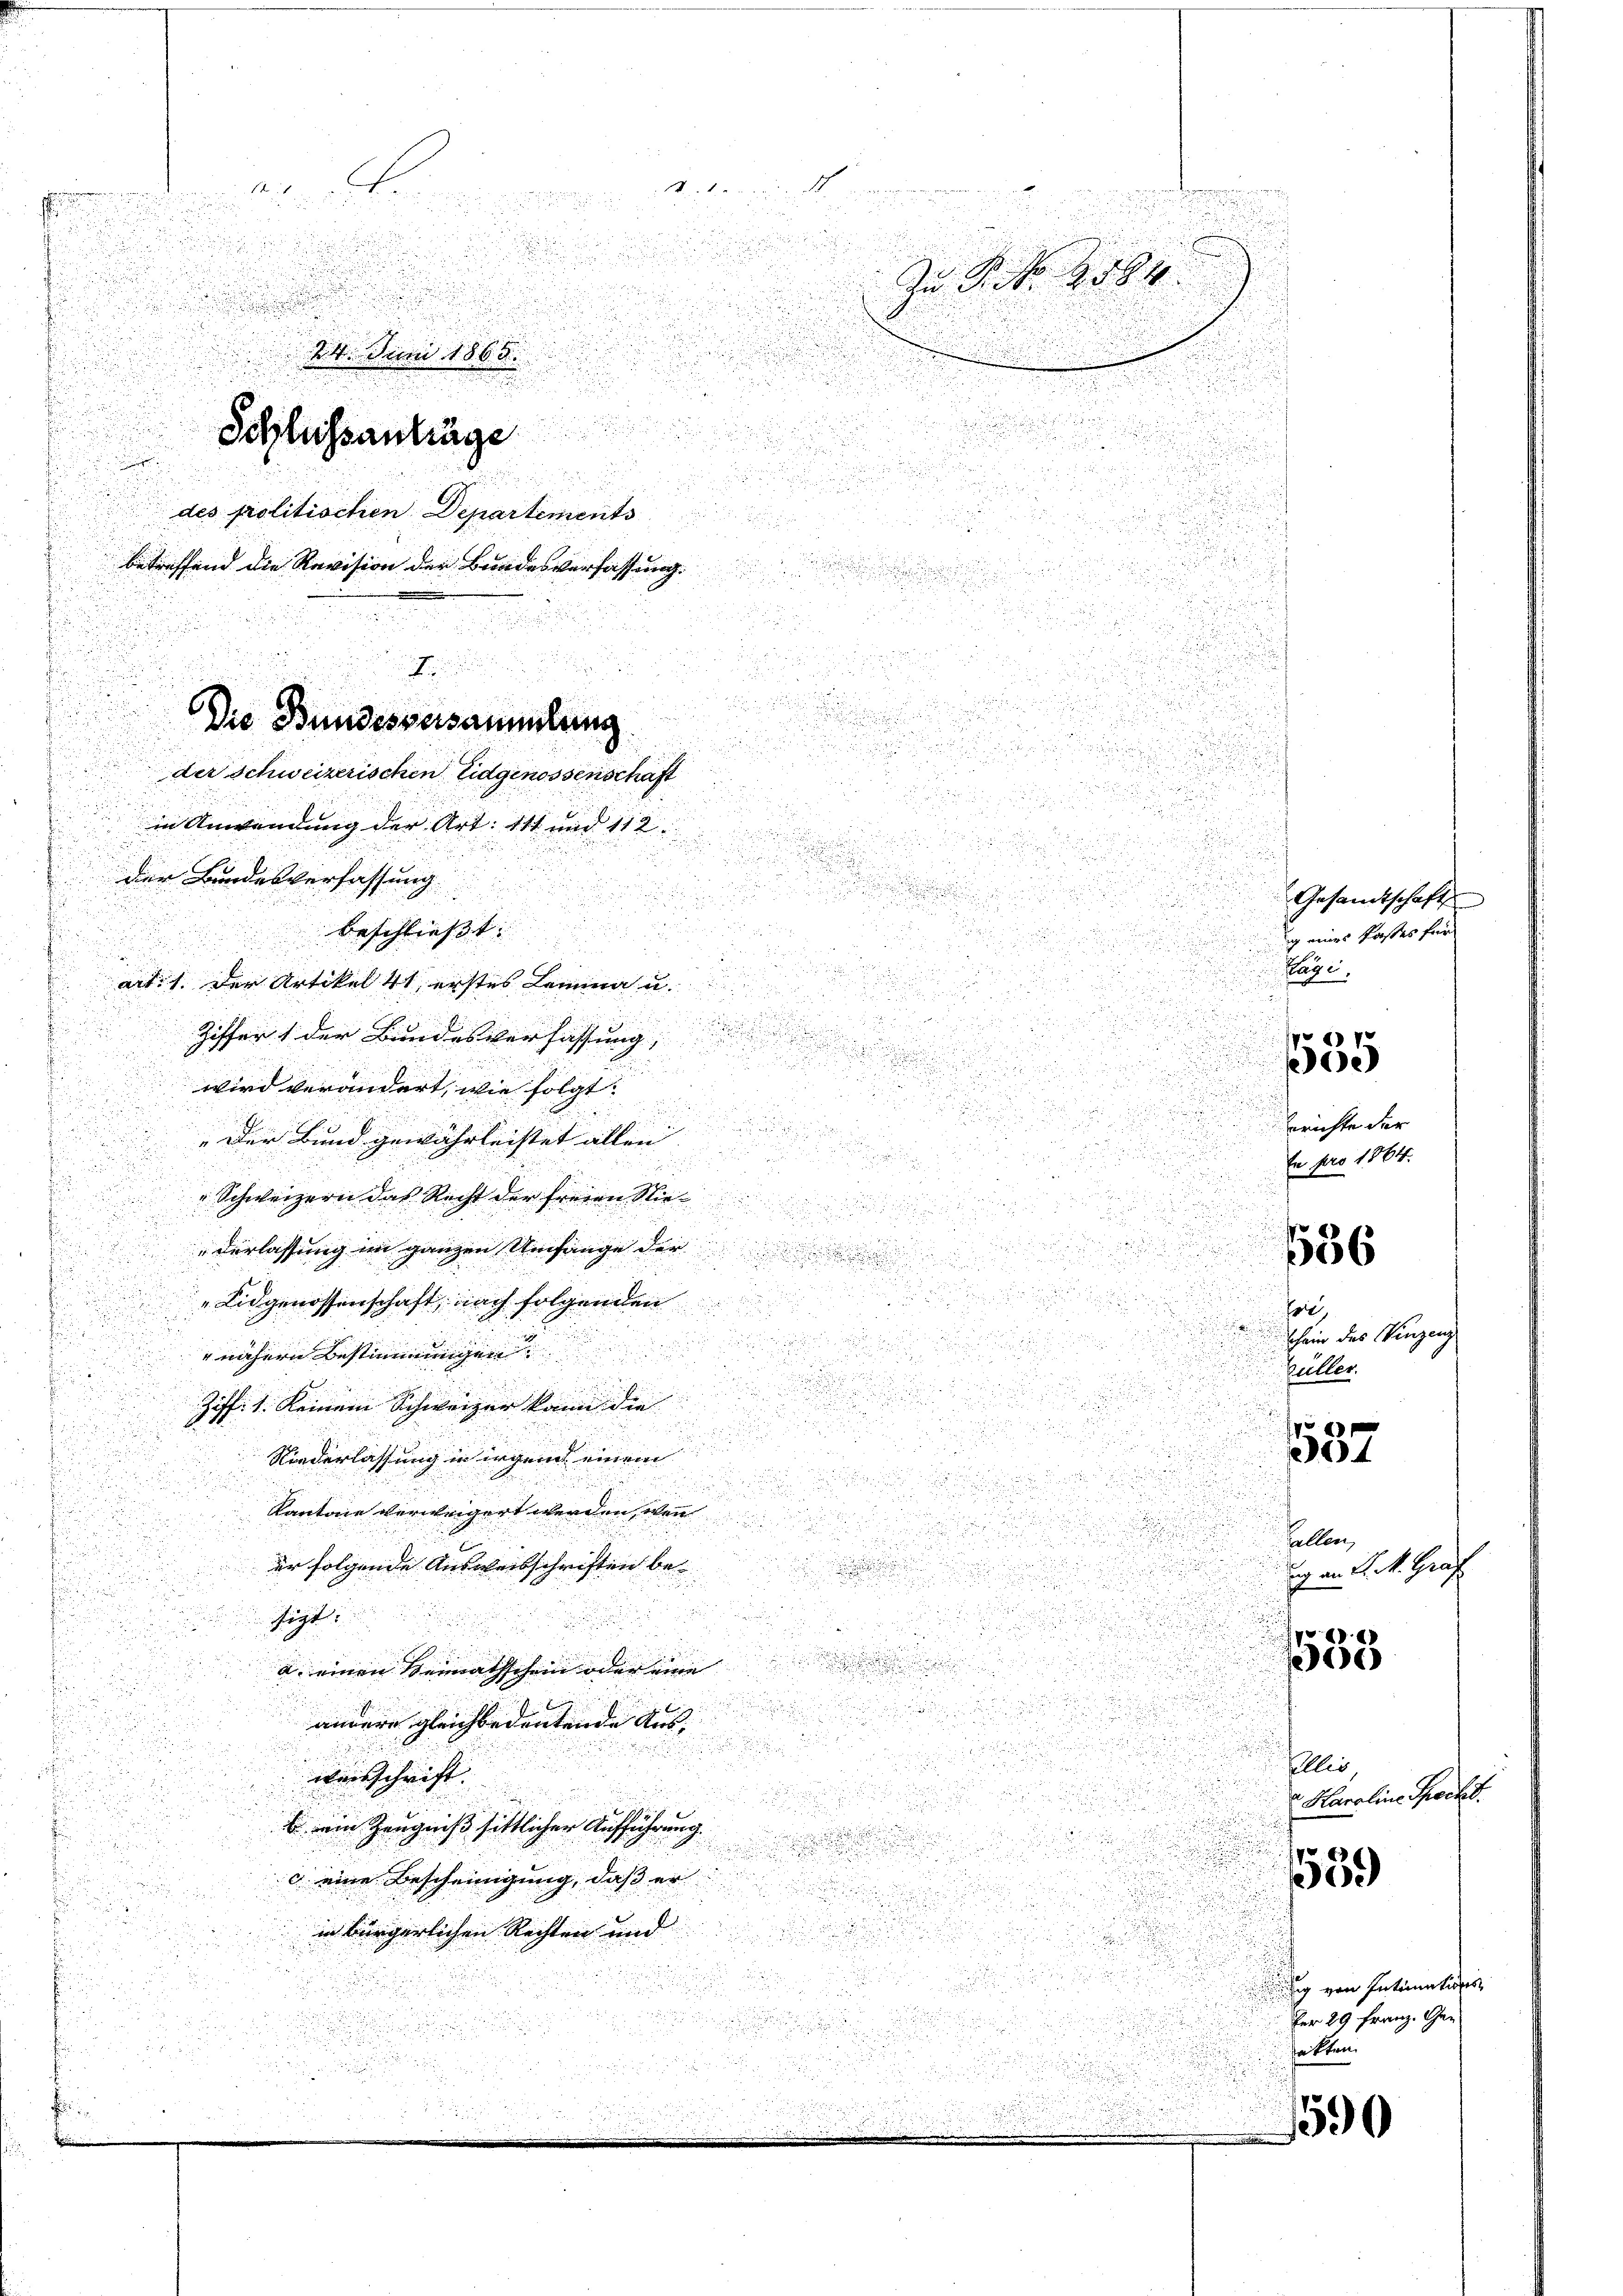
d. eine
de in der ein
An P. Nr. 2. 584
24. Juni 1865.

e

.

e

Schlussanträge

2 x 2 2 x

des politischen Departiments
d

 in der

e
betreffend die Revision der Bundesverfassung.

2
5

e

u

. d.
u

u
Die Bundesversammlung

.

3
der Schweizerischen Eidgenossenschaft
u

.

e

in Anwendung der Art. 111 und 112.

d
d

u
a

der Bundesverfassung

u

d

uee einen
.
i

beschliesst. |

 2

aite der Artikel 41 erstes Lemma u.

1

8

d

Ziffer der Bundesverfassung,

u
.

 x 2
,

wird verändert, wie folgt.
e
.

.
i

u
u
n
i
Der Bund gewährleistet allen

 xx

¬

5
d
2
dru
d
d

 1

Schweizern das Recht der freien Stiel

i

d
.

n

 2

derlassung im ganzen Umfange der

.
u

Eidgenossenschaft, nach folgenden
a
,
i
.

u

.
u
nähere Bestimmigen

Puller.

u

Ziff. 1. keinem Schweizer kann die |

de

u

.
ung d
537
Niederlassung in irgen einem
.

a
.

d
Kantone verweigert werden, won

allen,
¬

er folgende Ausweisschriften bei

i

Figt

2
2

e
a. einen Senathschein oder eine

u
annnere gleichbedeutende Aus- |
7

Collis
weisschrift

u
 ein Zeugnis sittlicher Aufführung

.

¬
c eine Bescheinigung, daß er
d

5
2

n
in bürgerlichen Rechten und

s

d

akten.

.
d

Gesandt,
g eines Kon
Plage
 xx
e
d
erichte der
En pro 1864.

d

schein des Vinzen.
ung an d. M. Grad
553

36

539)

300

Karoline Speckt.

g von Intimations
fer 29 Franz. Ge¬